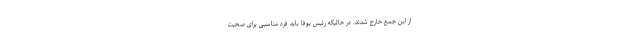
از این جمع خارج شدند. در حالیکه رئیس یوفا باید فرد مناسبی برای صحبت